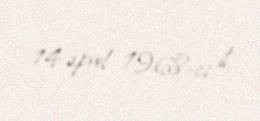
14 aprel 1968-ci il